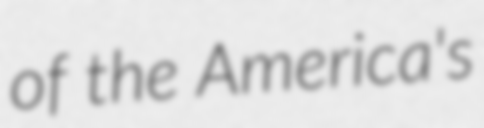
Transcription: of the America's